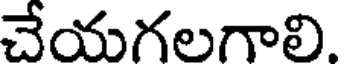
చేయగలగాలి.